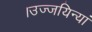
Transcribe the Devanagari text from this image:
।उज्जयिन्यां